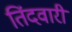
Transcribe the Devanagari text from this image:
तिंदवारी